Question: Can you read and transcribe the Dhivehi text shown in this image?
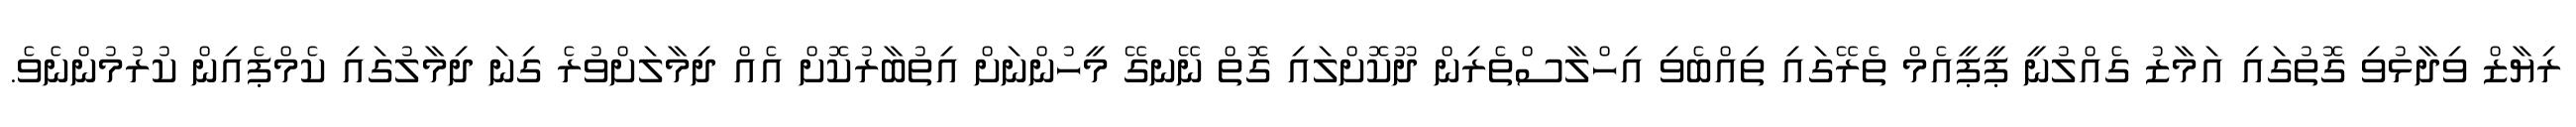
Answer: ރިޔާޒް ވިދާޅުވި ގޮތުގައި އަމާޒު ގެއްލުނީ ޕީޕީއެމް ތެރޭގައި ތިއްބެވި އިހްލާސްތެރިން ދޫކޮށްލައި ގޮތް ނޭނގޭ މީހުންނަށް އިތުބާރުކޮށް އެއް ދިމާލަށްވުރެ ގިނަ ދިމާލުގައި ކެމްޕެއިން ކުރުމުންނެވެ.